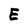
Character: E